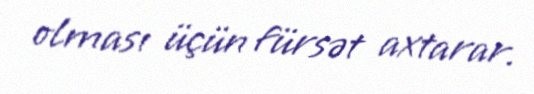
olması üçün fürsət axtarar.